Lunatic asylums Central Provinces reports 1895-1909 - 1895-1909
Year: 1895
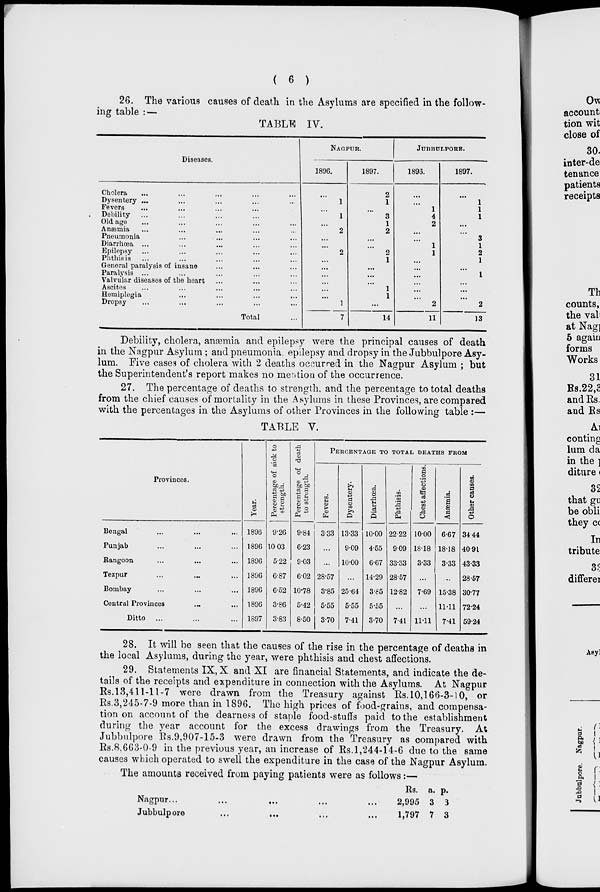
( 6 )
26. The various causes of death in the Asylums are specified in the follow-
ing table : —
TABLE IV.
Diseases.
Cholera ... ... ... ... ... ...
Dysentery ... ... ... ... ... ...
Fevers ... ... ... ... ... ...
Debility ... ... ... ... ... ...
Old age ... ... ... ... ... ...
Anæmia ... ... ... ... ... ...
Pneumonia ... ... ... ... ...
Diarrhœa ... ... ... ... ... ...
Epilepsy ... ... ... ... ... ...
Phthisis ... ... ... ... ... ...
General paralysis of insane ... ... ...
Paralysis ... ... ... ...
Valvular diseases of the heart ... ... ...
Ascites ... ... ... ... ...
Hemiplegia ... ... ... ...
Dropsy
...
... ... ... ...
Total ...
NAGPUR.
1896.
...
1
...
1
...
2
...
...
2
...
...
...
...
...
...
1
7
1897.
2
1
...
3
1
2
...
...
2
1
...
...
...
1
1
...
14
JUBBULPORE.
1896.
...
...
1
4
2
...
...
1
1
...
...
...
...
...
...
2
11
1897.
...
1
1
1
...
...
3
1
2
1
...
1
...
...
...
2
13
Debility, cholera, anæmia and epilepsy were the principal causes of death
in the Nagpur Asylum ; and pneumonia epilepsy and dropsy in the Jubbulpore Asy-
lum. Five cases of cholera with 2 deaths occurred in the Nagpur Asylum ; but
the Superintendent's report makes no mention of the occurrence.
27. The percentage of deaths to strength, and the percentage to total deaths
from the chief causes of mortality in the Asylums in these Provinces, are compared
with the percentages in the Asylums of other Provinces in the following table :—
TABLE V.
Provinces.
Bengal ... ... ...
Punjab ... ... ...
Rangoon ... ... ...
Tezpur ... ... ...
Bombay ... ... ...
Central Provinces ... ...
Ditto
... ... ...
Year.
1896
1896
1896
1896
1896
1896
1897
Percentage of sick to
strength.
9.26
10.03
5.22
6.87
6.52
3.86
3.83
Percentage of death
to strength.
9.84
6.23
9.03
6.02
10.78
5.42
8.50
PERCENTAGE TO TOTAL DEATHS FROM
Fevers.
3.33
...
...
28.57
3.85
5.55
3.70
Dysentery.
13.33
9.09
10.00
...
25.64
5.55
7.41
Diarrhœa.
10.00
4.55
6.67
14.29
3.85
5.55
3.70
Phthisis.
22.22
9.09
33.33
28.57
12.82
...
7.41
Chest affections.
10.00
18.18
3.33
...
7.69
...
11.11
Anæmia.
6.67
18.18
3.33
...
15.38
11.11
7.41
Other causes.
34.44
40.91
43.33
28.57
30.77
72.24
59.24
28. It will be seen that the causes of the rise in the percentage of deaths in
the local Asylums, during the year, were phthisis and chest affections.
29. Statements IX, X and XI are financial Statements, and indicate the de-
tails of the receipts and expenditure in connection with the Asylums. At Nagpur
Rs.13,411-11-7 were drawn from the Treasury against Rs. 10,166-3-10, or
Rs.3,245-7-9 more than in 1896. The high prices of food-grains, and compensa-
tion on account of the dearness of staple food-stuffs paid to the establishment
during the year account for the excess drawings from the Treasury. At
Jubbulpore Rs.9,907-15-3 were drawn from the Treasury as compared with
Rs.8.663-0-9 in the previous year, an increase of Rs.1,244-14-6 due to the same
causes which operated to swell the expenditure in the case of the Nagpur Asylum.
The amounts received from paying patients were as follows:—
Nagpur ... ... ... ... ...
Jubbulpore ... ... ... ... ...
Rs.
2,995
1,797
a.
3
7
p.
3
3